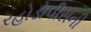
રહોડોપીસની